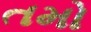
તમો